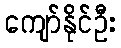
ကျော်နိုင်ဦး